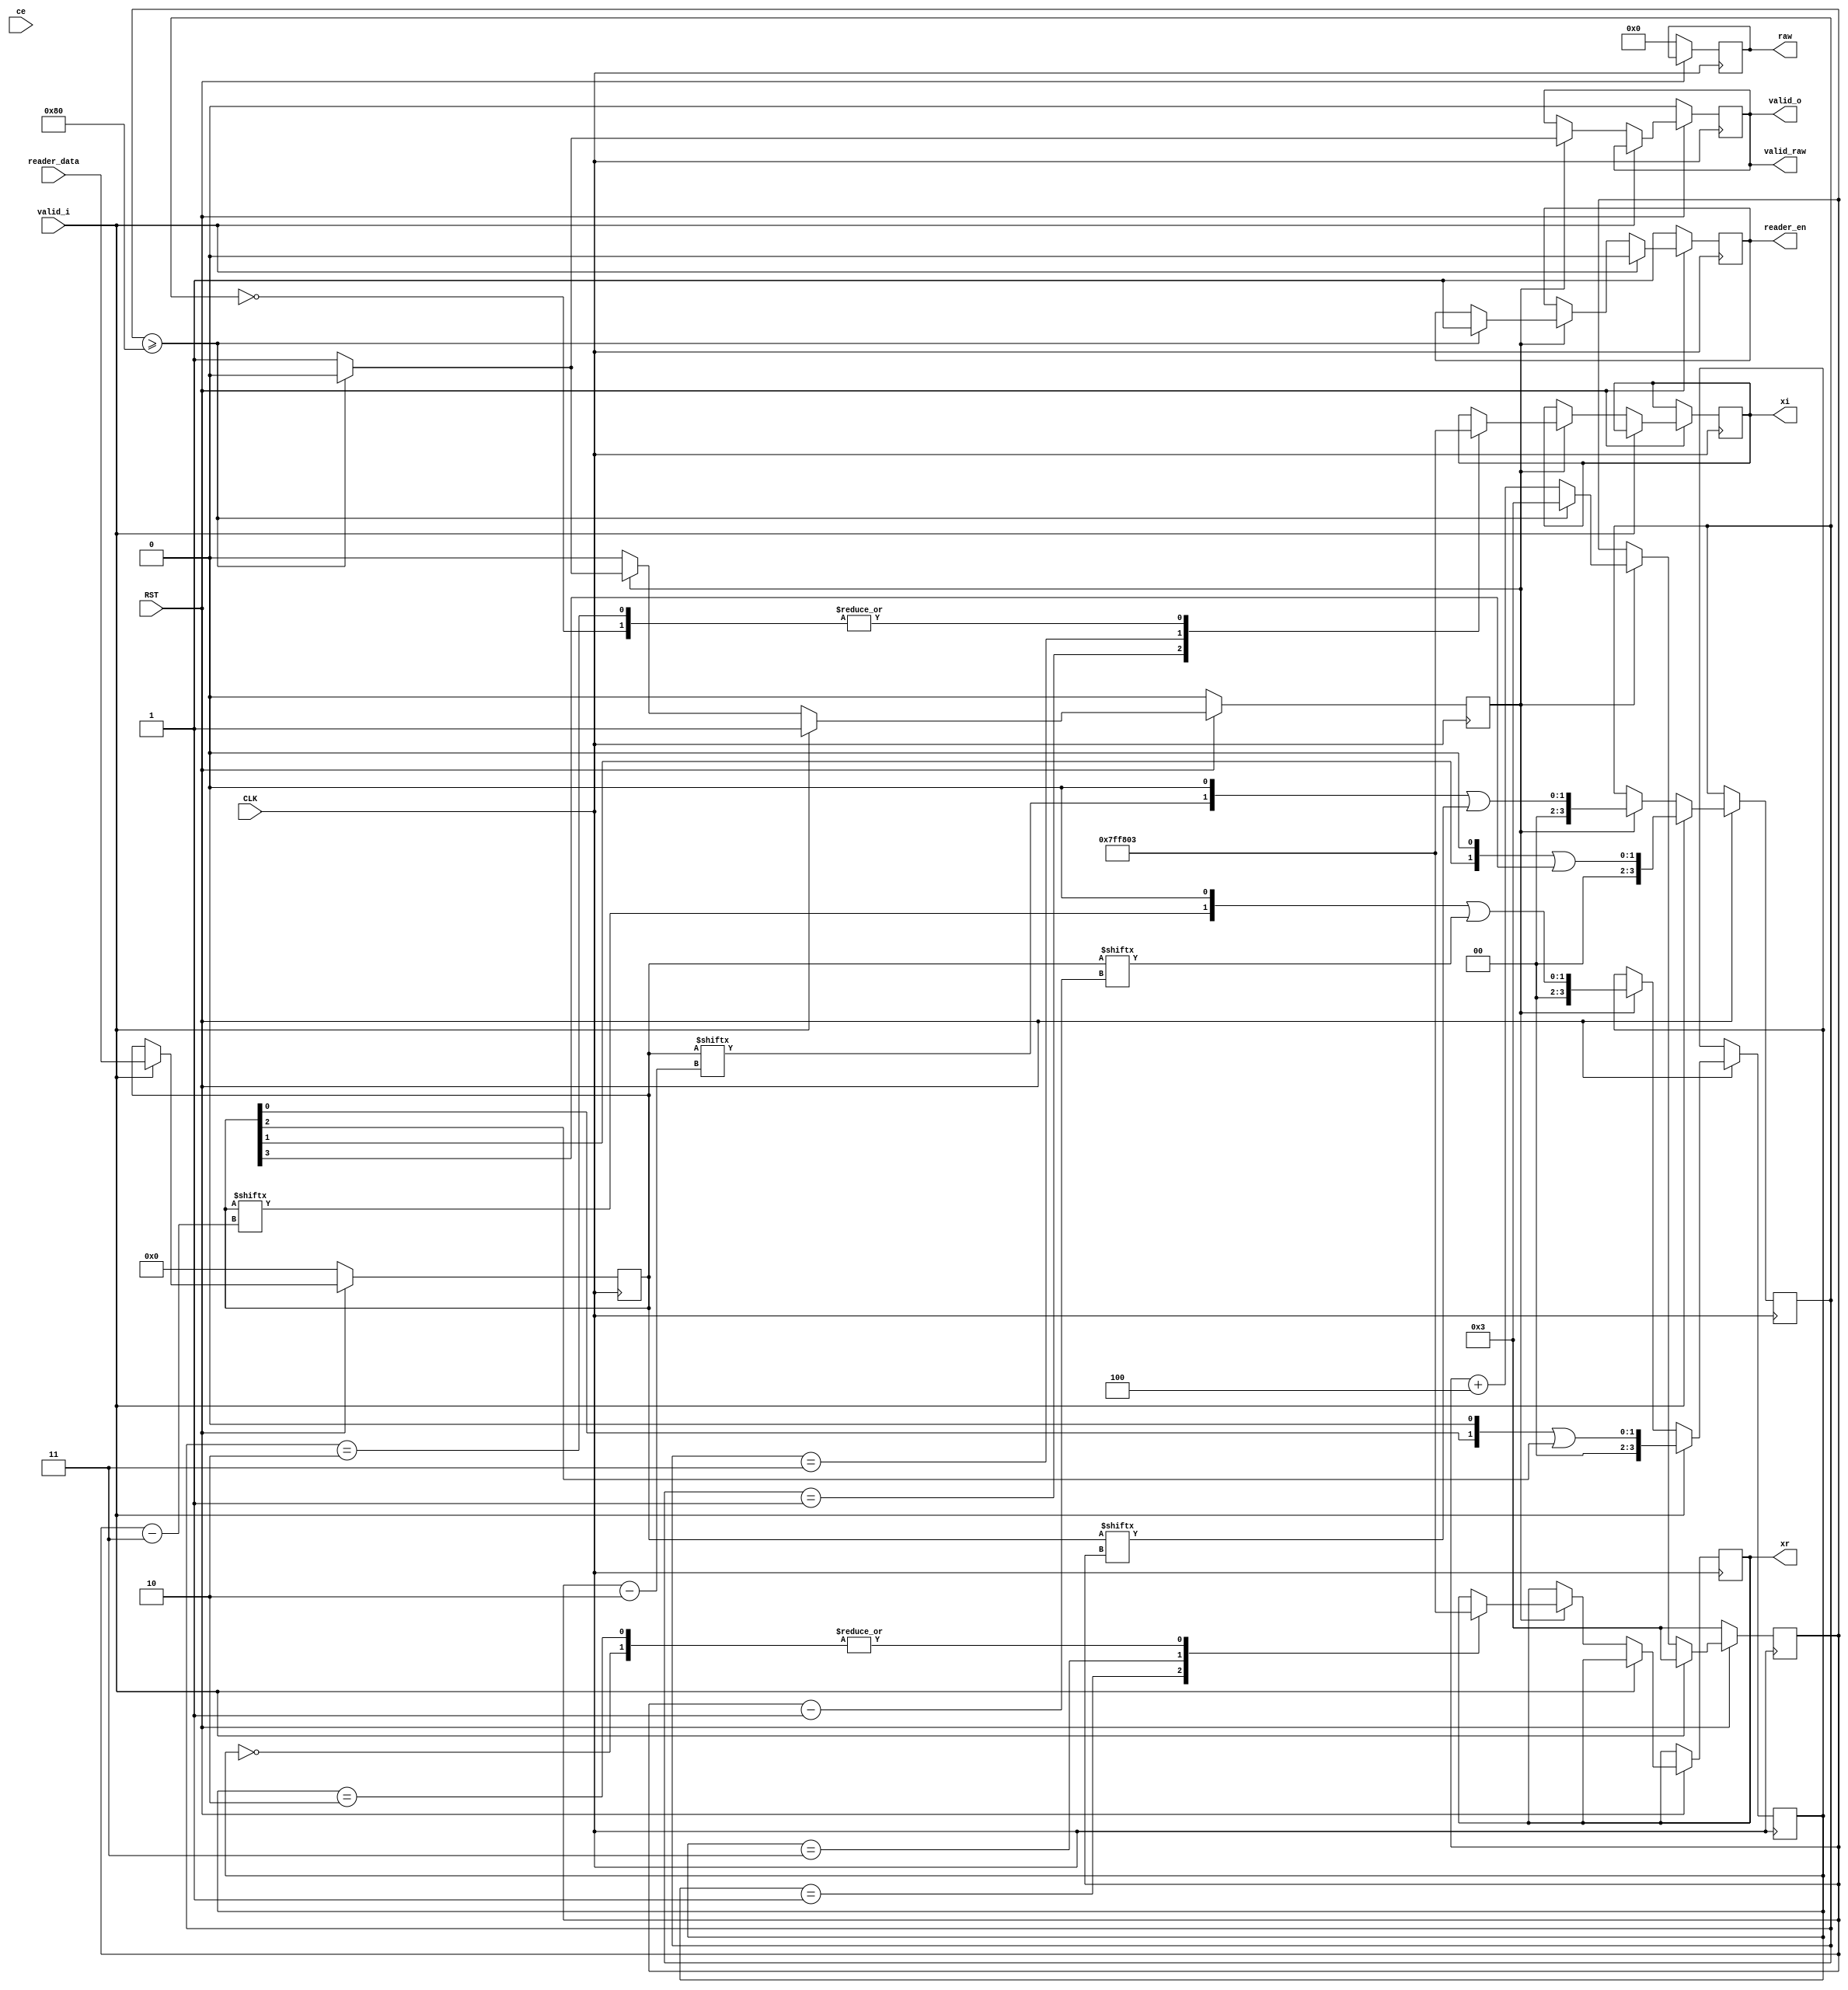
`timescale 1ns / 1ps

module iqmap_16qam(
                  input                    CLK,
                  input                    RST,
                  input                    ce,
                  input                    valid_i,
                  input [127:0]            reader_data,
                  output reg signed [10:0] xr,
                  output reg signed [10:0] xi,
                  output reg               valid_o,
                  output                   valid_raw,
                  output reg               reader_en,
                  output reg [3:0]         raw
                  );
   
   assign valid_raw = valid_o;
   
   reg [127:0]                             reader_data_reg;
   reg [8:0]                               cnt;
   reg                                     start_output_flg;
   reg [3:0]                               bits_r, bits_i;
                               
   
   always@(posedge CLK)
	 begin
		if(!RST)
		  begin
			 cnt <= 3;
			 reader_data_reg <= 0;
			 valid_o <= 0;
			 raw <= 0;
			 reader_en <= 1;
             start_output_flg <= 0;
             
		  end
		else
		  begin
			 if(valid_i)
			   begin
				  reader_en <= 0;
				  reader_data_reg <= reader_data;
                  bits_r <=  reader_data_reg[0]<<1 | reader_data_reg[2];
                  bits_i <=  reader_data_reg[1]<<1 | reader_data_reg[3];


				  cnt <= 3;
                  start_output_flg <= 1;                 
			   end
			 else
			   begin
                  if(start_output_flg)
                    begin
                       bits_r <=  reader_data_reg[cnt-3]<<1 | reader_data_reg[cnt-1];
				       case(bits_r)
                         3'h0: xr <= 3;
                         3'h1: xr <= 1;
                         3'h3: xr <= -1;
                         3'h2: xr <= 3;
                       endcase 
                       
                       bits_i <=  reader_data_reg[cnt-2]<<1 | reader_data_reg[cnt];
				       case(bits_i)
                         3'h0: xi <= 3;
                         3'h1: xi <= 1;
                         3'h3: xi <= -1;
                         3'h2: xi <= 3;
                       endcase 
                       
                       valid_o <= 1;
                       
                         
				       cnt <= cnt + 4;
				       if(cnt >= 128)
					     begin
                            start_output_flg <= 0;
					        valid_o <= 0;
					        reader_en <= 1;
                            cnt <= 3;
                            
					     end
			        end // if (start_output)
               end
		  end
	 end


endmodule